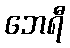
ဘေရီ